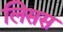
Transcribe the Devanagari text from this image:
लिसस